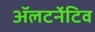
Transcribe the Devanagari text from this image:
ॲलटर्नेटिव